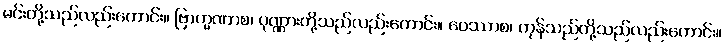
မင်းတို့သည်လည်းကောင်း။ ဗြာဟ္မဏာစ၊ ပုဏ္ဏားတို့သည်လည်းကောင်း။ ဝေဿာစ၊ ကုန်သည်တို့သည်လည်းကောင်း။